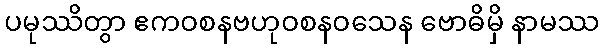
ပမုဿိတွာ ဧကဝစနဗဟုဝစနဝသေန ဗောဓိမှိ နာမဿ